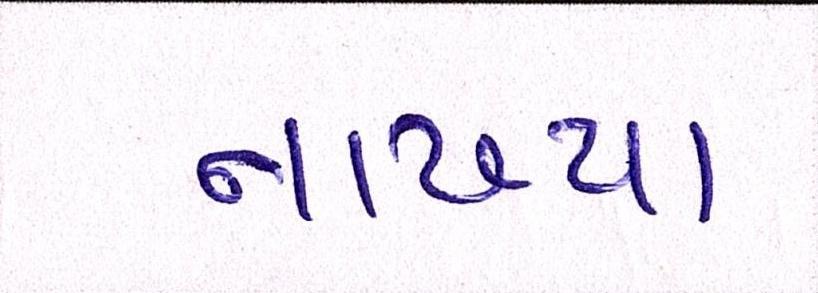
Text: નાખ્યા